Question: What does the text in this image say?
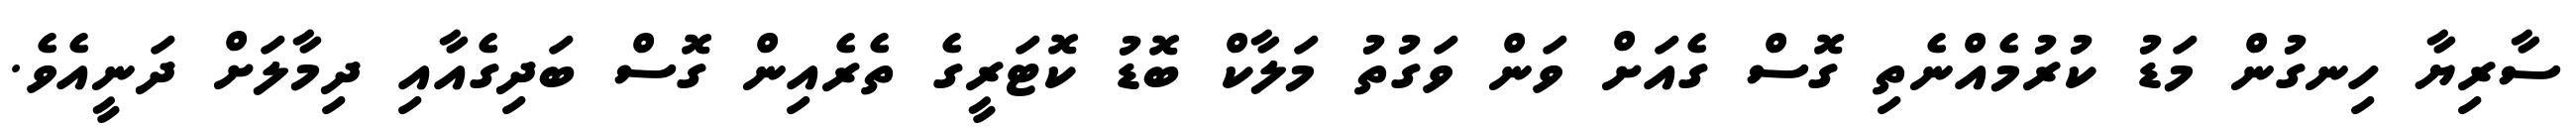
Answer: ސާރިޔާ ހިނގުން މަޑު ކުރުމެއްނެތި ގޮސް ގެއަށް ވަން ވަގުތު މަލާކް ބޮޑު ކޮޓަރީގެ ތެރެއިން ގޮސް ބަދިގެއާއި ދިމާލަށް ދަނީއެވެ.